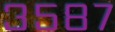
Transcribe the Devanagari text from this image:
३५८७